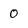
Character: 0